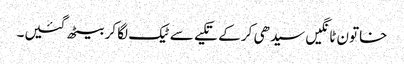
خاتون ٹانگیں سیدھی کر کے تکیے سے ٹیک لگا کر بیٹھ گئیں۔